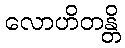
လောဟိတန္တိ